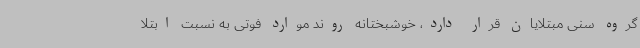
گروه سنی مبتلایان قرار دارد، خوشبختانه روند موارد فوتی به نسبت ابتلا